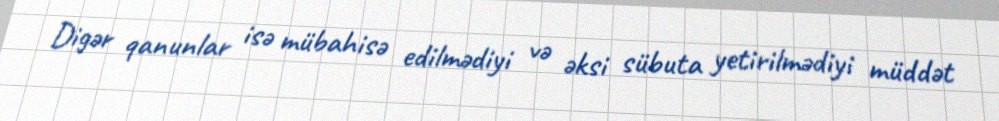
Digər qanunlar isə mübahisə edilmədiyi və əksi sübuta yetirilmədiyi müddət